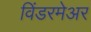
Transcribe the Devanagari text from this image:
विंडरमेअर